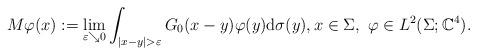
LaTeX: \begin{align*} M \varphi(x) := \lim_{\varepsilon \searrow 0} \int_{|x - y| > \varepsilon} G_{0}(x - y) \varphi(y) \mathrm{d} \sigma(y), x \in \Sigma,~ \varphi \in L^2(\Sigma; \mathbb{C}^4).\end{align*}